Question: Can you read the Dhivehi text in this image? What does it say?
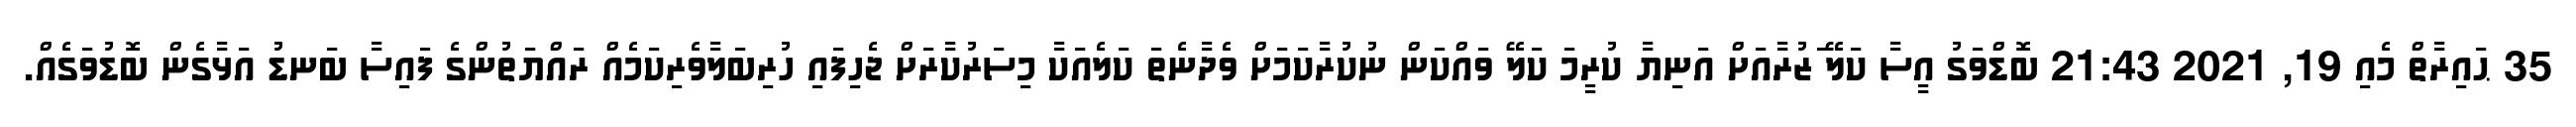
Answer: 35 ޙައިރާތް މެއި 19, 2021 21:43 ބޮޑްވަގު އީސާ ކަލޭ ަޒުރާއަށް އަނިޔާ ކުރީމަ ކަލޭ ވައްކަން ނުކުރާކަމަށް ވެދާނެތަ ކަލެއަކާ މިސަރުކާރަށް ޖެހިފައި ހުރިބަލާވެރިކަމެއް ރައްޔަތުންގެ ފައިސާ ބަނޑު އަޅާގެން ބޮޑުވަގެއް.